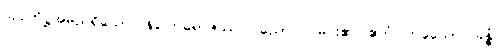
သုပ္ပတိဋ္ဌအမည်ရှိသော။ နိဂြောဓရာဇဿ၊ ပညောင်ပင်မင်း၏။ ဧကံ၊ တခုသော။ ခန္ဓံ၊